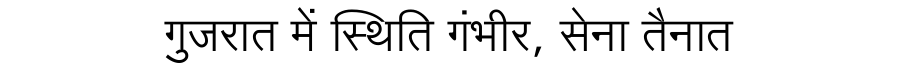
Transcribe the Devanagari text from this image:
गुजरात में स्थिति गंभीर, सेना तैनात